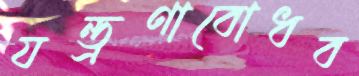
যন্ত্রণাবোধব